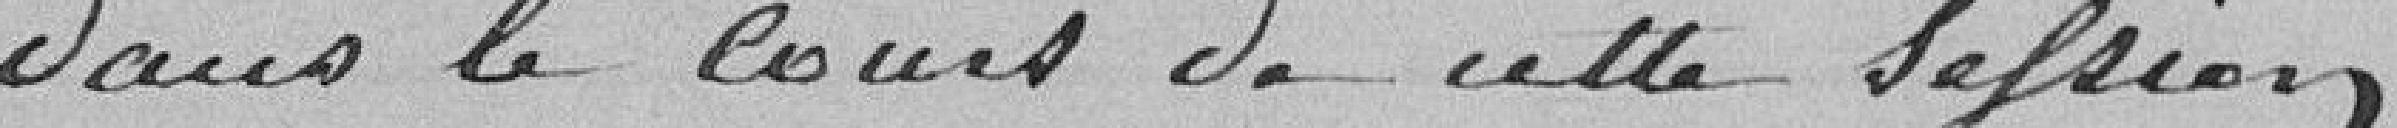
dans le cours de cette session.